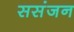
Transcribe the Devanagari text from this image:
ससंजन